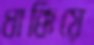
ধাক্কিয়ে